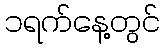
၁ရက်နေ့တွင်